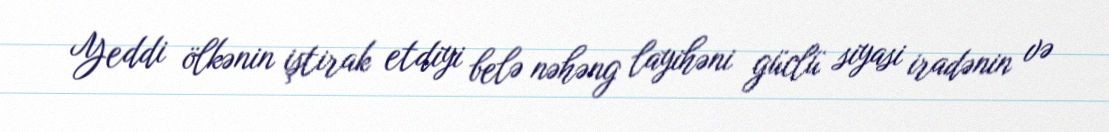
Yeddi ölkənin iştirak etdiyi belə nəhəng layihəni güclü siyasi iradənin və